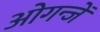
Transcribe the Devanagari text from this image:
ओगन्जें